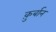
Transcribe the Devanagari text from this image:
कु़र्बान